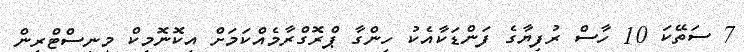
7 ސަތޭކަ 10 ހާސް ރުފިޔާގެ ފަންޑަކާއެކު ހިންގާ ޕްރޮގްރާމެއްކަމަށް އިކޮނޮމިކް މިނިސްޓްރީން